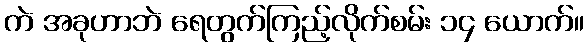
ကဲ အခုဟာဘဲ ရေတွက်ကြည့်လိုက်စမ်း ၁၄ ယောက်။